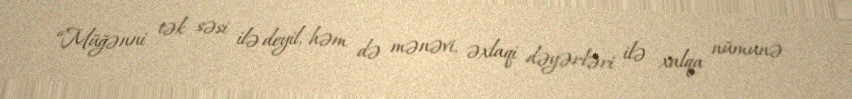
“Müğənni tək səsi ilə deyil, həm də mənəvi, əxlaqi dəyərləri ilə xalqa nümunə